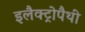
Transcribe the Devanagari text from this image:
इलैक्ट्रोपैथी